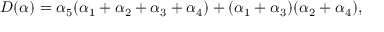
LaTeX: D ( \alpha ) = \alpha _ { 5 } ( \alpha _ { 1 } + \alpha _ { 2 } + \alpha _ { 3 } + \alpha _ { 4 } ) + ( \alpha _ { 1 } + \alpha _ { 3 } ) ( \alpha _ { 2 } + \alpha _ { 4 } ) ,